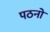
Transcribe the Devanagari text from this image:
पठनो